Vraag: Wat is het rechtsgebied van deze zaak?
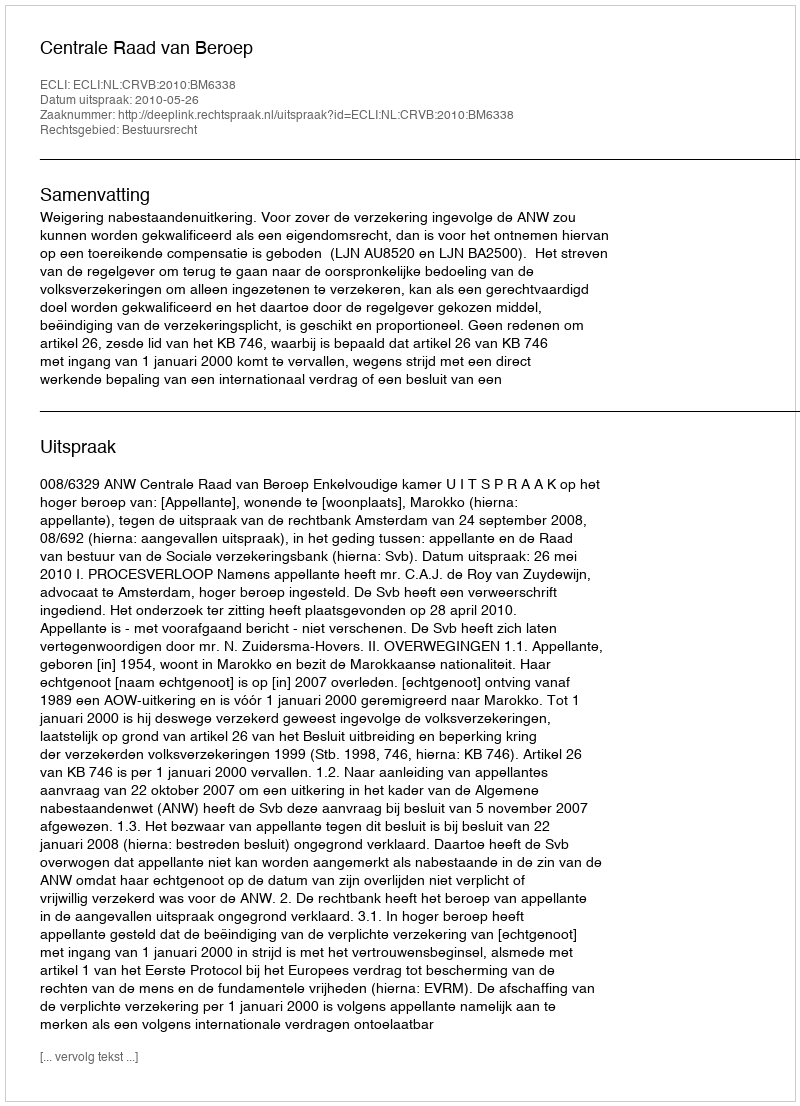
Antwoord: Bestuursrecht